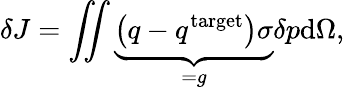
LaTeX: \delta J=\iint\underbrace{\left(q-q^{\mathrm{target}}\right)\sigma}_{=g}\delta p\mathrm d\Omega,